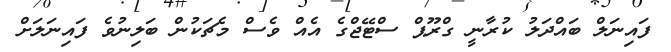
ފައިނަލް ބައްދަލު ކުރާނީ ގްރޫޕް ސްޓޭޖްގެ އެއް ވެސް މެޗަކުން ބަލިނުވެ ފައިނަލަށް